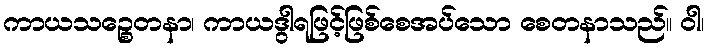
ကာယသဉ္စေတနာ၊ ကာယဒွါရဖြင့်ဖြစ်စေအပ်သော စေတနာသည်။ ဝါ၊